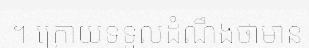
។ ក្រោយទទួលដំណឹងថាមាន